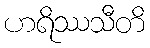
ဟရိဿသီတိ